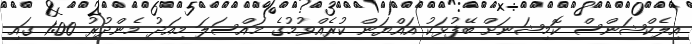
އިލެކްޝަންސް ކޮމިޝަނަށް ބޭފުޅަކު އައްޔަން ކުރެއްވުމުގެ މައްސަލަ މިއަދު މެންދުރު 1:00 ގައި